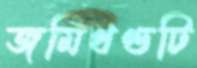
জমিখণ্ডটি